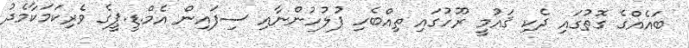
ބައެއްގެ ގޮތުގައި ދެކި ޤައުމީ ރޫހުގައި ތިއްބެހި ފުލުހުންނާއި ސިފައިން އެމް.ޑީ.ޕީގެ ވެރިކަމަކާމެދު